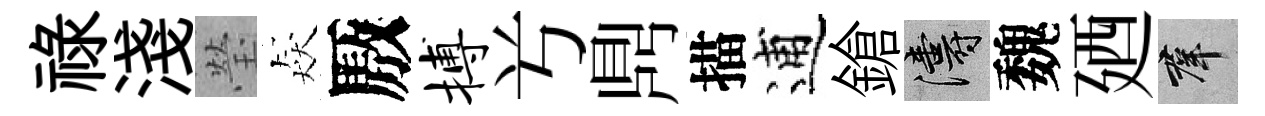
禄淺瑩猋厫搏𠔃𪔂描逋鎗濤魏廼群